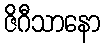
ဇိဂီသာနော